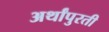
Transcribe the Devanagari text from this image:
अर्थांपुरती